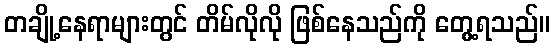
တချို့နေရာများတွင် တိမ်လိုလို ဖြစ်နေသည်ကို တွေ့ရသည်။